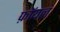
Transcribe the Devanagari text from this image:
फ़ॉयल